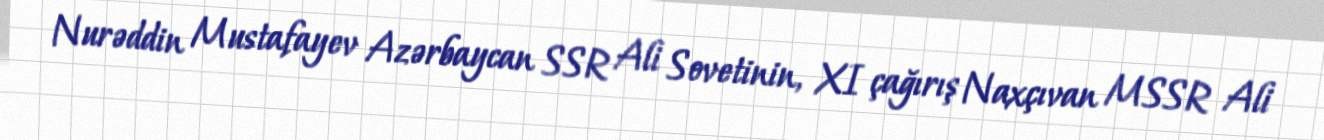
Nurəddin Mustafayev Azərbaycan SSR Ali Sovetinin, XI çağırış Naxçıvan MSSR Ali